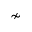
\nsim